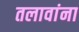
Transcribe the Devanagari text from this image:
तलावांना